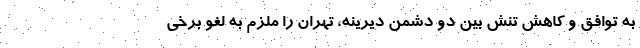
به توافق و کاهش تنش بین دو دشمن دیرینه، تهران را ملزم به لغو برخی